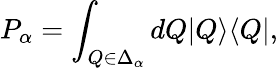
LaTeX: P_{\alpha}=\int_{Q\in\Delta_{\alpha}}dQ|Q\rangle\langle Q|,